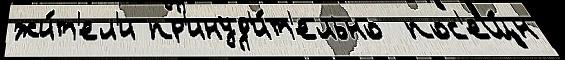
жи́т'ел'и пр'инуд'и́т'ельно  пос'ещ́н